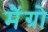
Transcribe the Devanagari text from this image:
मैंग्रो